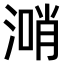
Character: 𣺰